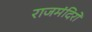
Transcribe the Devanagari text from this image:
राजमंदिरों